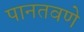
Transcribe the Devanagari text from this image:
पानतवणे